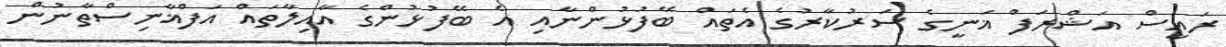
ރައީސް އަޝްރަފް ޣަނީގެ ސަރުކާރުގެ އެތައް ބޭފުޅުންނާއި އެ ބޭފުޅުންގެ އާއިލާތައް އަފްޣާނިސްތާނުން